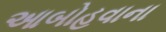
આબોહવાના